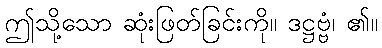
ဤသို့သော ဆုံးဖြတ်ခြင်းကို။ ဒဋ္ဌဗ္ဗံ၊ ၏။